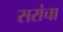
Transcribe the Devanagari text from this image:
सरांचा